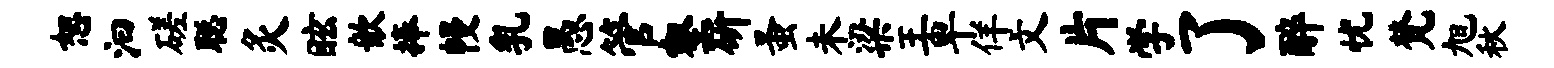
恕汩磋聪灸眩歆捧幔乳愚管壑斫蚤未梁王卑佯文片学了醉忧梵旭秋